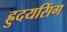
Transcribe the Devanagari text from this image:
ह्रुदयसिंग